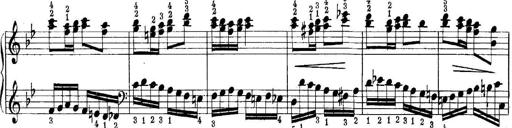
Title: Quatres sonatines
Composer: Tadeusz Joteyko